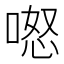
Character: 𭉏